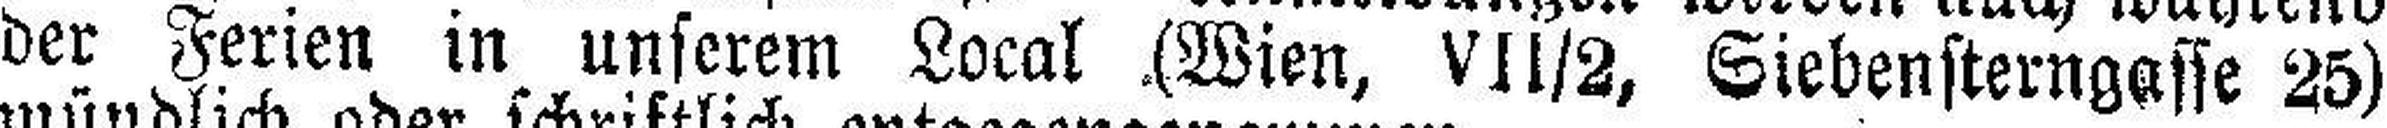
der Ferien in unserem Local (Wien, VII/2, Siebensterngasse 25)